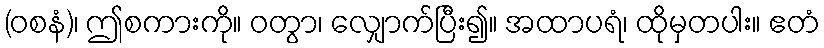
(ဝစနံ)၊ ဤစကားကို။ ဝတွာ၊ လျှောက်ပြီး၍။ အထာပရံ၊ ထိုမှတပါး။ ဧတံ